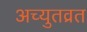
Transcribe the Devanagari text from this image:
अच्युतव्रत